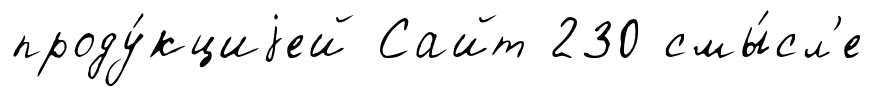
проду́кциjей Сайт 230 смы́сл'е